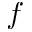
f